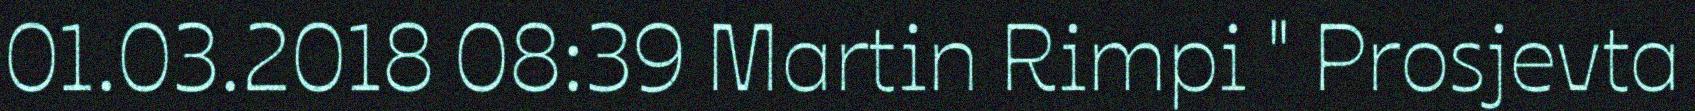
01.03.2018 08:39 Martin Rimpi " Prosjevta